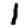
Digit: 1